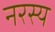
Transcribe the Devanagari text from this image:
नरस्य